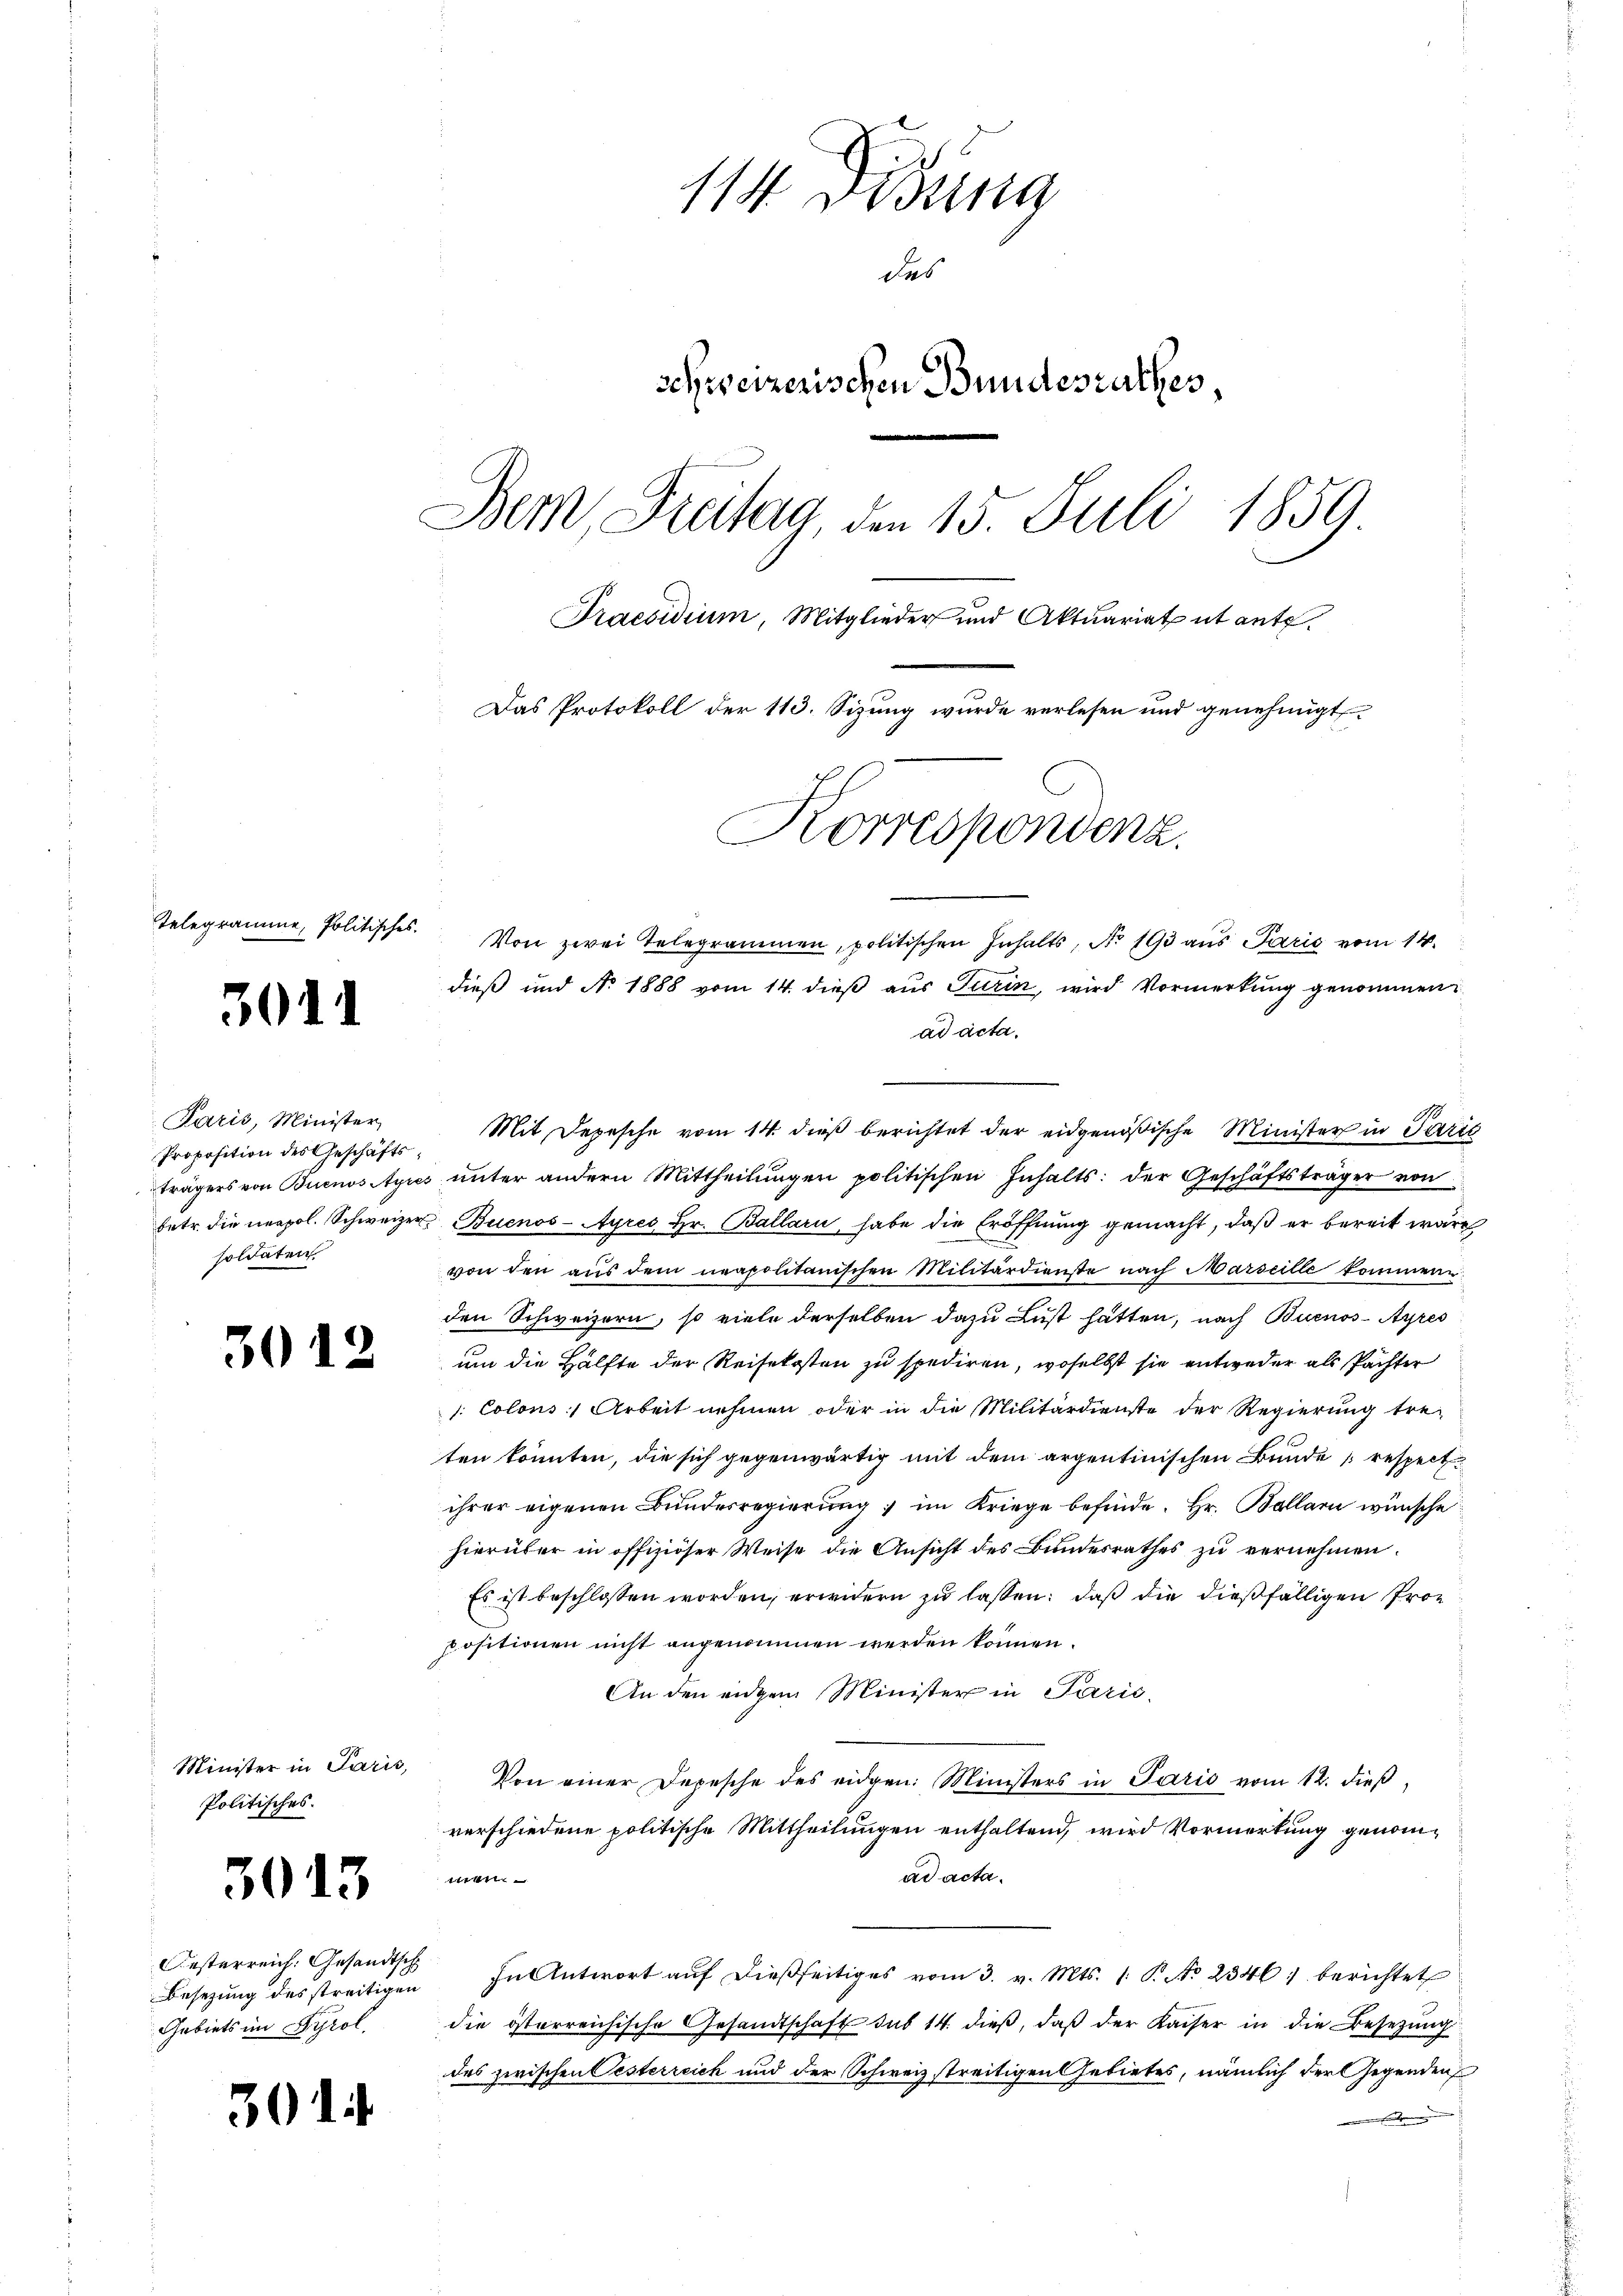
Telegramme, Politisches.

3011

301

Paris, Minister
Proposition des Geschäftssoldaten.

2

Minister in Paris,
Politisches.

3013

Oesterreich. Gesandtsch
Gebiets im Tyrol.

3014

114. Disung
das
schweizerischen Bundesrathes,
Bem, Freitag, den 15. Juli 1859
Praesidium, Mitglieder und Aktuariat et ante.
Das Protokoll der 113. Sizung wurde verlesen und genehmigt.
Korrespondenz.

Von zwei Telegrammen, politischen Inhalts, No 193 aus Paris vom 14.
dieß und No 1888 vom 14. dieß aus Turin, wird Vormerkung genommen
ad acta.
Mit Depesche vom 14. dieß berichtet der eidgenößische Minister in Pari
trägers von Buenos Ayres ŭnter andern Mittheilŭngen politischen Inhalts: der Geschäftsträger von
betr. die neapol. Schweizer Buenos-Ayres Hr. Ballari habe die Eröffnung gemacht, daß er bereit wäre
von den aus dem neapolitanischen Militärdienste nach Marseille kommene
den Schweizern, so viele derselben dazu Lust hätten, nach Buenos-Ayres
um die Hälfte der Reisekosten zu spediren, woselbst sie entweder als Pächter
1: Colons Arbeit nehmen oder in die Militärdienste der Regierung tre-
ten könnten, die sich gegenwärtig mit dem argentinischen Bunde respect.
ihrer eigenen Bundesregierung, im Kriege befinde. Hr. Bollarii wünsche
hierüber in offiziöser Weise die Ansicht des Bundesrathes zu vernehmen.
Es ist beschlossen worden, erwidern zu lassen: daß die dießfälligen Propositionen nicht angenommen werden können.
An den eidgen Minister in Parić,
Von einer Depesche des eidgen: Ministers in Paris vom 12. dieß,
verschiedene politische Mittheilungen enthaltend, wird Vormerkung genomad acta.
111
Besetzung des streitigen In Antwort aŭf dießseitiges vom 3. v. Mts. 1. P. No 23461 berichtet
die österreichische Gesandtschaft sub 14. dieß, daß der Kaiser in die Besetzung
des zwischen Oesterreich und der Schweiz streitigen Gebietes, nämlich der Gegenden
d